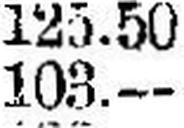
103.—